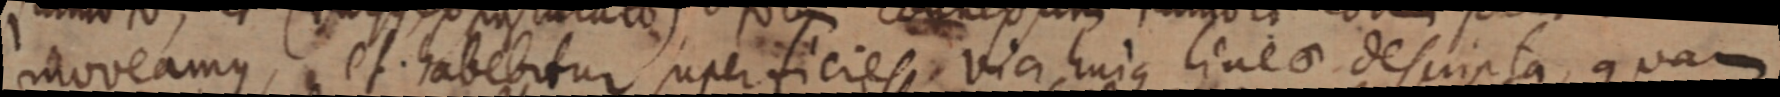
moveamus, et habebitur superficies, via hujus lineo descripta, quam